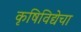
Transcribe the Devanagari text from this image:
कृषिविद्येचा